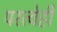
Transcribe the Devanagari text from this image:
परत्वेही